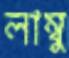
লাম্বু